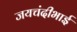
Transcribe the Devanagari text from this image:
जयचंदीभाई